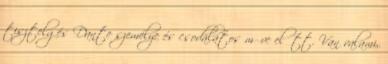
tisztelgés Dante személye és csodálatos műve előtt. Van valami,